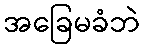
အခြေမခံဘဲ